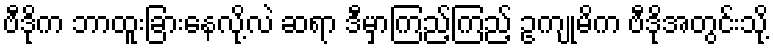
ဗီဒိုက ဘာထူးခြားနေလို့လဲ ဆရာ ဒီမှာကြည့်ကြည့် ဥကျုမိက ဗီဒိုအတွင်းသို့